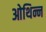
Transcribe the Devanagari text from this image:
ओथिन्न